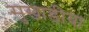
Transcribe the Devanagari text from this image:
सुखाडीया